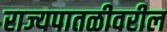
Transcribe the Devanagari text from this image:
राज्यपातळीवरील